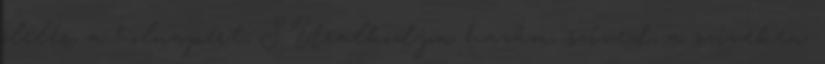
ölelés, a holnapért, S Uralkodjon hazám, szíved, a szíveken.